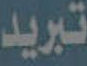
تبريد